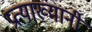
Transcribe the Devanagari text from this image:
प्रत्याख्यानी